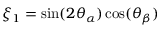
\xi _ { 1 } = \sin ( 2 \theta _ { \alpha } ) \cos ( \theta _ { \beta } )